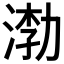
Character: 𰜎